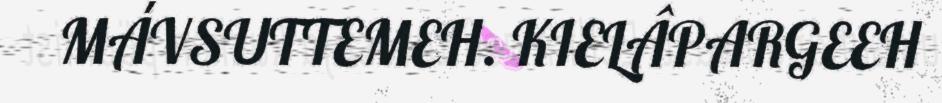
MÁVSUTTEMEH. KIELÂPARGEEH